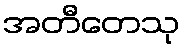
အတီတေသု